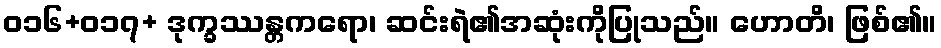
ဝ၁၆+၀၁၇+ ဒုက္ခဿန္တကရော၊ ဆင်းရဲ၏အဆုံးကိုပြုသည်။ ဟောတိ၊ ဖြစ်၏။